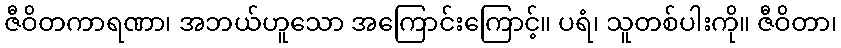
ဇီဝိတကာရဏာ၊ အဘယ်ဟူသော အကြောင်းကြောင့်။ ပရံ၊ သူတစ်ပါးကို။ ဇီဝိတာ၊